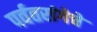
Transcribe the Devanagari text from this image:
पर्वतरांगेचे